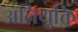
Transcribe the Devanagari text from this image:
अनियुक्ति